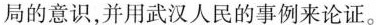
同的意识，并用武汉人民的事例来论证。